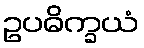
ဥပဓိက္ခယံ